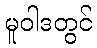
မူဝါဒတွင်